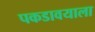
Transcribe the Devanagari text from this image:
पकडावयाला